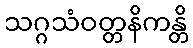
သဂ္ဂသံဝတ္တနိကန္တိ